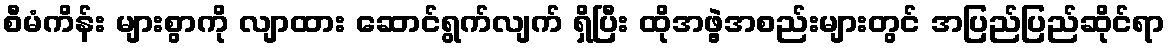
စီမံကိန်း များစွာကို လျာထား ဆောင်ရွက်လျက် ရှိပြီး ထိုအဖွဲ့အစည်းများတွင် အပြည်ပြည်ဆိုင်ရာ